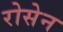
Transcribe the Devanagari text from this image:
रोसेन